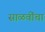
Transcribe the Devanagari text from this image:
साळवींचा